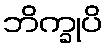
ဘိက္ခုပိ